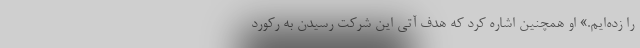
را زده‌ایم.» او همچنین اشاره کرد که هدف آتی این شرکت رسیدن به رکورد